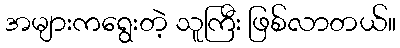
အများကရွေးတဲ့ သူကြီး ဖြစ်လာတယ်။